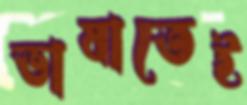
ভাষাতেই